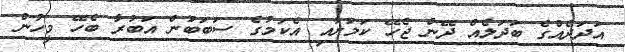
އަދަދެއްގެ ބަދަލެއް ދޭން ޖެހޭ ކަމަށާއި އެކަމުގެ ސަބަބުން އަބުރާ ބެހޭ މީހުން